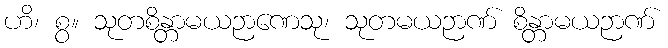
ဟိ၊ စွ။ သုတစိန္တာမယဉာဏေသု၊ သုတမယဉာဏ် စိန္တာမယဉာဏ်